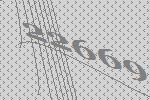
22669